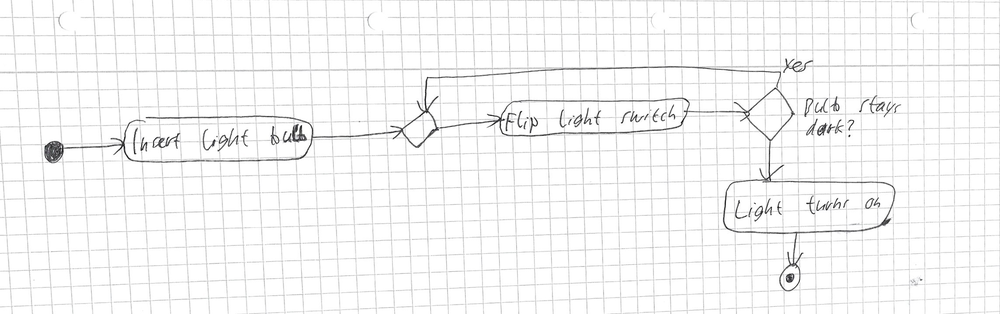
Diagram type: activity_diagram
```plantuml
@startuml

start
:Insert light bulb;
repeat
  :Flip light switch;
repeat while (Bulb stays dark?) is (yes)
:Light turns on;
stop

@enduml
```